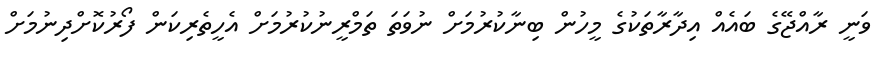
ވަނީ ރާއްޖޭގެ ބައެއް އިދާރާތަކުގެ މީހުން ބިނާކުރުމަށް ނުވަތަ ތަމްރީނުކުރުމަށް އެހީތެރިކަން ފޯރުކޮށްދިނުމަށް